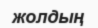
жолдың